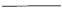
___